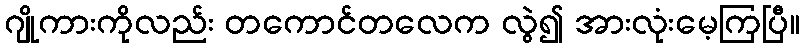
ဂျိုကားကိုလည်း တကောင်တလေက လွဲ၍ အားလုံးမေ့ကြပြီ။